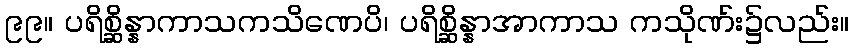
၉၉။ ပရိစ္ဆိန္နာကာသကသိဏေပိ၊ ပရိစ္ဆိန္နာအာကာသ ကသိုဏ်း၌လည်း။